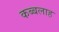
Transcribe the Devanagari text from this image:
कब्बलाह